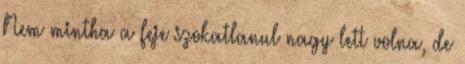
Nem mintha a feje szokatlanul nagy lett volna, de